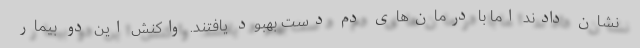
نشان دادند اما با درمان‌های دم دست بهبود یافتند. واکنش این دو بیمار